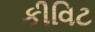
કીવિટ